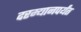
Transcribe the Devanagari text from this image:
दरम्यानपर्यंत